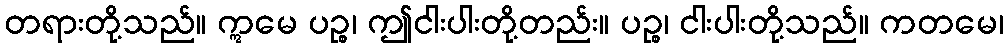
တရားတို့သည်။ ဣမေ ပဉ္စ၊ ဤငါးပါးတို့တည်း။ ပဉ္စ၊ ငါးပါးတို့သည်။ ကတမေ၊